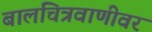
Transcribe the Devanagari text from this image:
बालचित्रवाणीवर